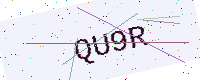
Text: QU9R